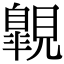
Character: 𧢌